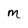
Character: m